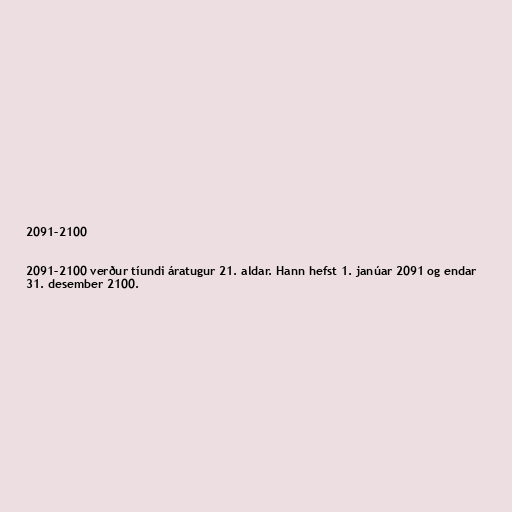
2091–2100

2091–2100 verður tíundi áratugur 21. aldar. Hann hefst 1. janúar 2091 og endar
31. desember 2100.